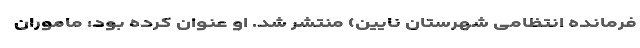
فرمانده انتظامی شهرستان نایین) منتشر شد. او عنوان کرده بود: ماموران